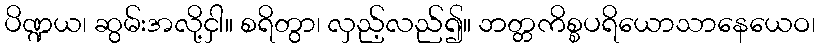
ပိဏ္ဍယ၊ ဆွမ်းအလို့ငှါ။ စရိတွာ၊ လှည့်လည်၍။ ဘတ္တကိစ္စပရိယောသာနေယေဝ၊